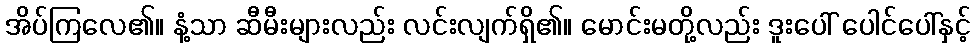
အိပ်ကြလေ၏။ နံ့သာ ဆီမီးများလည်း လင်းလျက်ရှိ၏။ မောင်းမတို့လည်း ဒူးပေါ် ပေါင်ပေါ်နှင့်